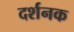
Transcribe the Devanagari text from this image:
दर्शनक